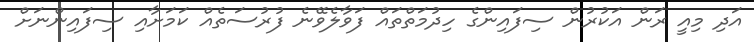
އަދި މިއީ ރަން އަކުރުން ސިފައިންގެ ހިދުމަތްތައް ފަވާލެވޭނެ ފުރުސަތެއް ކަމަށާއި ސިފައިންނަށް